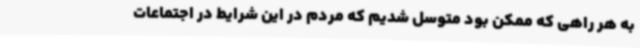
به هر راهی که ممکن بود متوسل شدیم که مردم در این شرایط در اجتماعات